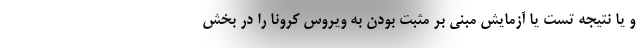
و یا نتیجه تست یا آزمایش مبنی بر مثبت بودن به ویروس کرونا را در بخش